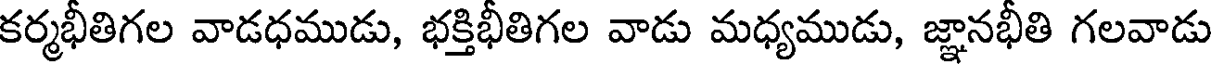
కర్మభీతిగల వాడధముడు, భక్తిభీతిగల వాడు మధ్యముడు, జ్ఞానభీతి గలవాడు